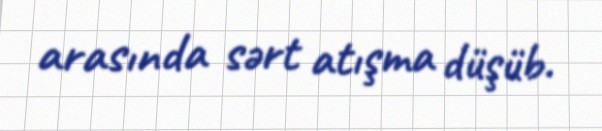
arasında sərt atışma düşüb.